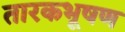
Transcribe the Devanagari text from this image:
तारकभूषण